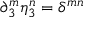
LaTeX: \partial _ { 3 } ^ { m } \eta _ { 3 } ^ { n } = \delta ^ { m n }